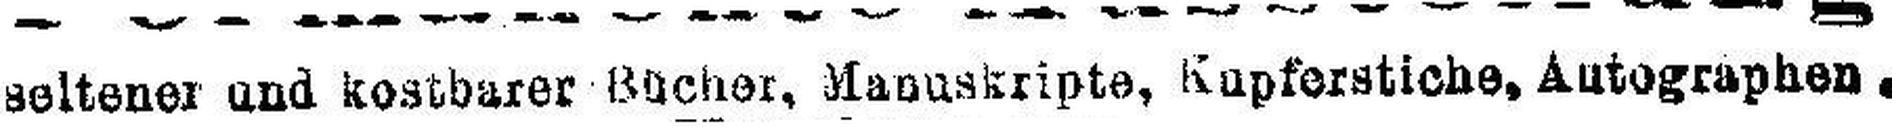
seltener und kostbarer Bücher, Manuskripte, Kupferstiche, Autographen.